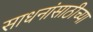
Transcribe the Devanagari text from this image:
साधनांसाठीच्या